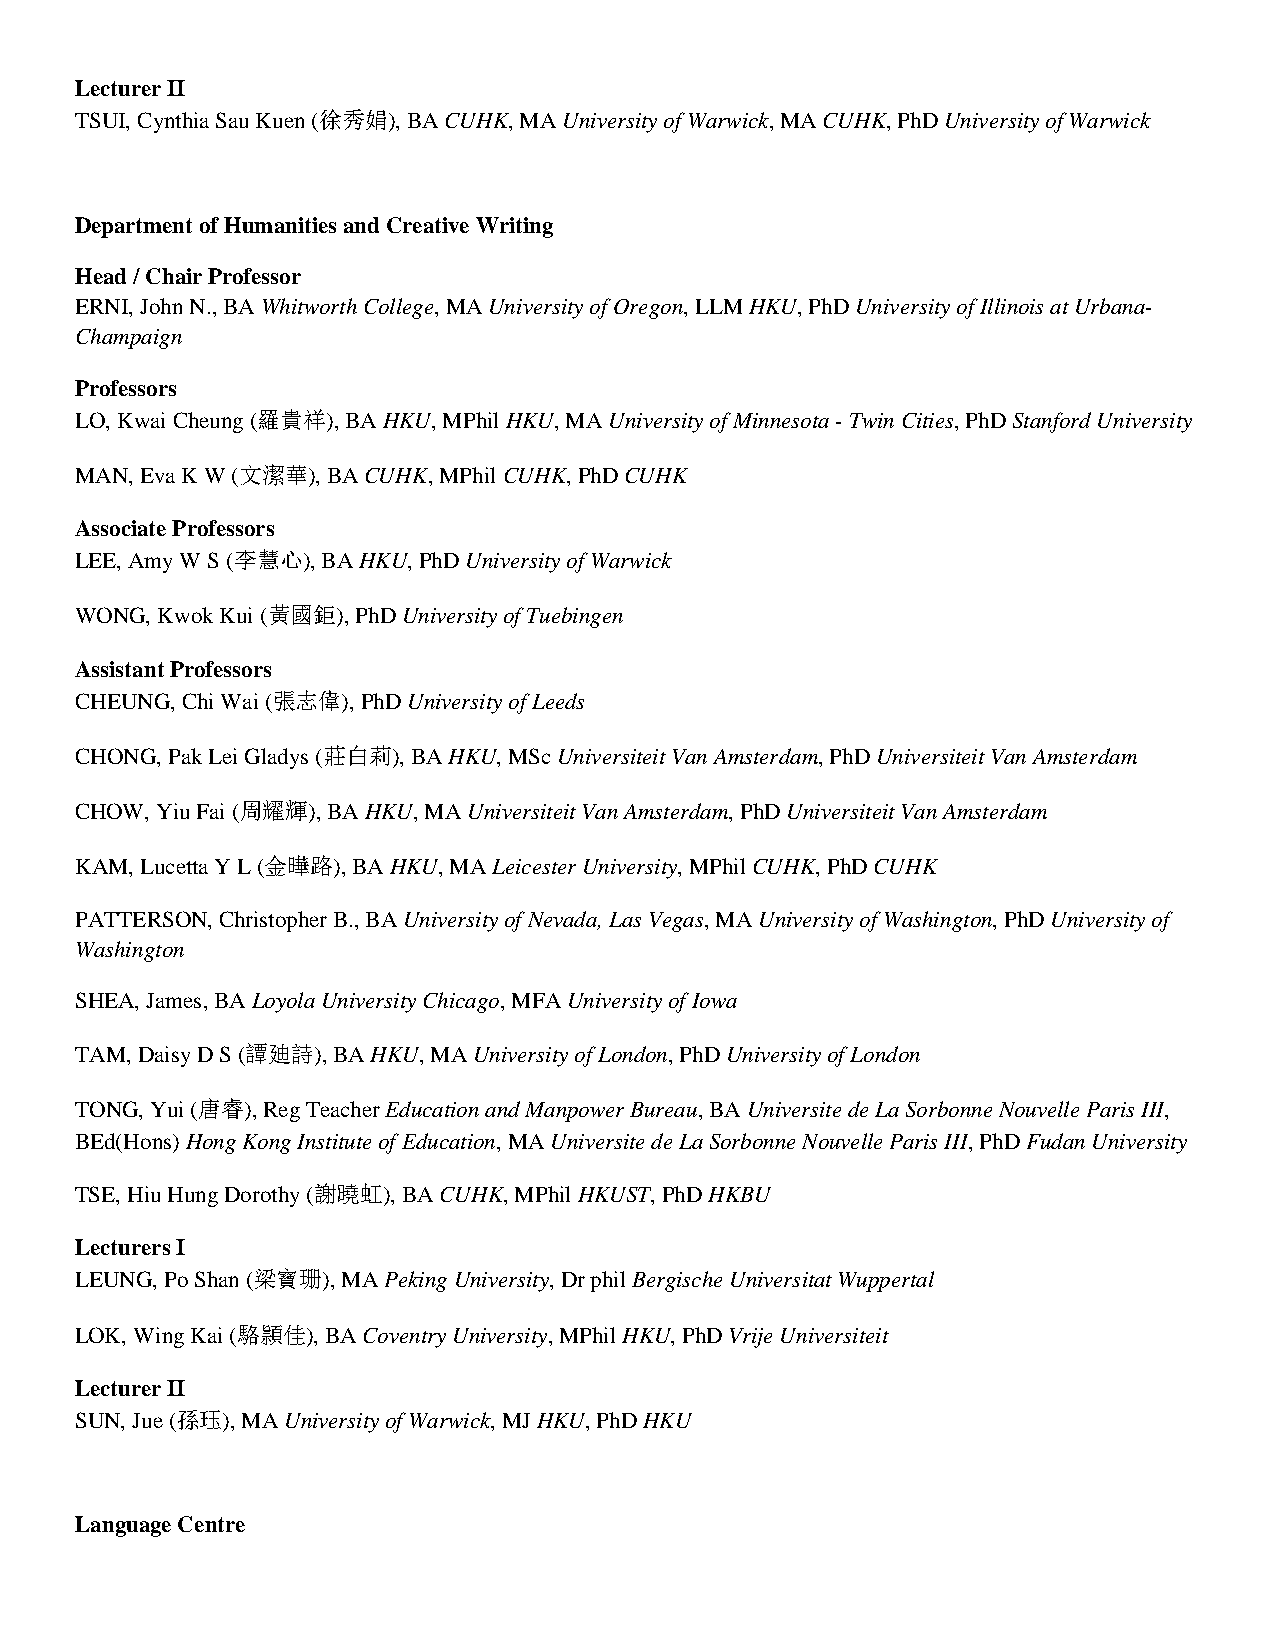
Lecturer II
 TSUI, Cynthia Sau Kuen (徐秀娟), BA CUHK, MA University of Warwick, MA CUHK, PhD University of Warwick
 Department of Humanities and Creative Writing
 Head / Chair Professor
 ERNI, John N., BA Whitworth College, MA University of Oregon, LLM HKU, PhD University of Illinois at Urbana-
 Champaign
 Professors
 LO, Kwai Cheung (羅貴祥), BA HKU, MPhil HKU, MA University of Minnesota - Twin Cities, PhD Stanford University
 MAN, Eva K W (文潔華), BA CUHK, MPhil CUHK, PhD CUHK
 Associate Professors
 LEE, Amy W S (李慧心), BA HKU, PhD University of Warwick
 WONG, Kwok Kui (黃國鉅), PhD University of Tuebingen
 Assistant Professors
 CHEUNG, Chi Wai (張志偉), PhD University of Leeds
 CHONG, Pak Lei Gladys (莊白莉), BA HKU, MSc Universiteit Van Amsterdam, PhD Universiteit Van Amsterdam
 CHOW, Yiu Fai (周耀輝), BA HKU, MA Universiteit Van Amsterdam, PhD Universiteit Van Amsterdam
 KAM, Lucetta Y L (金曄路), BA HKU, MA Leicester University, MPhil CUHK, PhD CUHK
 PATTERSON, Christopher B., BA University of Nevada, Las Vegas, MA University of Washington, PhD University of
 Washington
 SHEA, James, BA Loyola University Chicago, MFA University of Iowa
 TAM, Daisy D S (譚廸詩), BA HKU, MA University of London, PhD University of London
 TONG, Yui (唐睿), Reg Teacher Education and Manpower Bureau, BA Universite de La Sorbonne Nouvelle Paris III,
 BEd(Hons) Hong Kong Institute of Education, MA Universite de La Sorbonne Nouvelle Paris III, PhD Fudan University
 TSE, Hiu Hung Dorothy (謝曉虹), BA CUHK, MPhil HKUST, PhD HKBU
 Lecturers I
 LEUNG, Po Shan (梁寶珊), MA Peking University, Dr phil Bergische Universitat Wuppertal
 LOK, Wing Kai (駱頴佳), BA Coventry University, MPhil HKU, PhD Vrije Universiteit
 Lecturer II
 SUN, Jue (孫珏), MA University of Warwick, MJ HKU, PhD HKU
 Language Centre